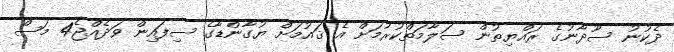
ދެކުނު ސޫދާނުގެ ރައްޔިތުން ސަލާމަތްކުރުމަށް އެ ޤައުމަށް ޔުގާންޑާގެ ސިފައިން ވަދެއްޖެ4 މަސް